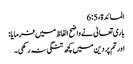
المائدة، 5: 6
باری تعالیٰ نے واضح الفاظ میں فرمایا:
اور تم پر دین میں کچھ تنگی نہ رکھی۔